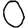
Digit: 0